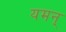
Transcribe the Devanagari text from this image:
यमन्